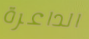
الداعرة